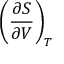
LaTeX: \left( { \frac { \partial S } { \partial V } } \right) _ { T }